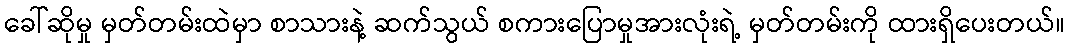
ခေါ်ဆိုမှု မှတ်တမ်းထဲမှာ စာသားနဲ့ ဆက်သွယ် စကားပြောမှုအားလုံးရဲ့ မှတ်တမ်းကို ထားရှိပေးတယ်။